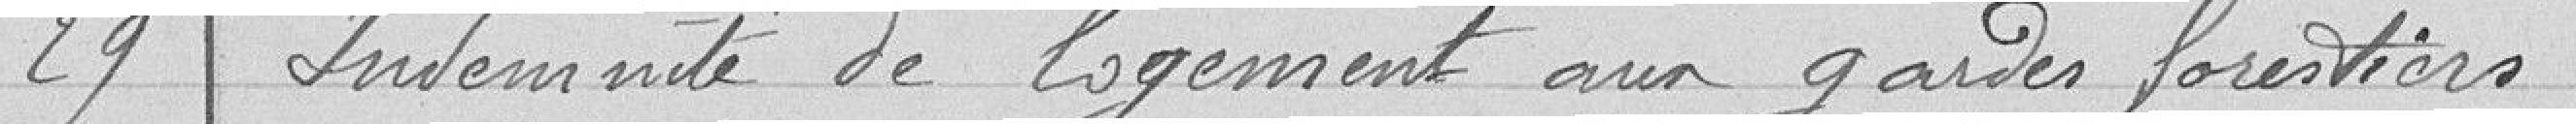
29 Indemnité de logement aux gardes forestiers